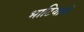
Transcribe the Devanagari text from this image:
भाटियानी